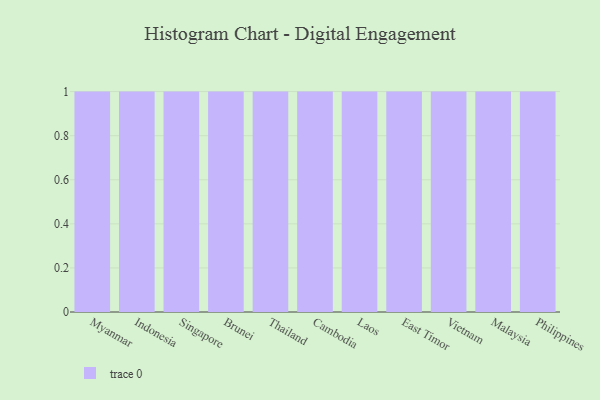
{"axis": {"x": "Country", "y": "Budget (USD K)"}, "legend": [""], "data": [{"x": "Myanmar", "y": 52, "type": ""}, {"x": "Indonesia", "y": 48, "type": ""}, {"x": "Singapore", "y": 68, "type": ""}, {"x": "Brunei", "y": 78, "type": ""}, {"x": "Thailand", "y": 79, "type": ""}, {"x": "Cambodia", "y": 24, "type": ""}, {"x": "Laos", "y": 10, "type": ""}, {"x": "East Timor", "y": 96, "type": ""}, {"x": "Vietnam", "y": 4, "type": ""}, {"x": "Malaysia", "y": 10, "type": ""}, {"x": "Philippines", "y": 9, "type": ""}]}